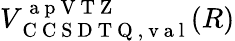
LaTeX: V_{\mathrm{~C~C~S~D~T~Q~,~v~a~l~}}^{\mathrm{~a~p~V~T~Z~}}(R)